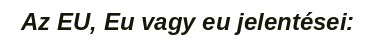
Az EU, Eu vagy eu jelentései: